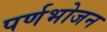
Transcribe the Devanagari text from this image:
पर्णभोजन